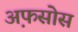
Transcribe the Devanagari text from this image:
अ़फसोस